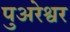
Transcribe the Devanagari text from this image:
पुअरेश्वर